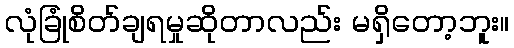
လုံခြုံစိတ်ချရမှုဆိုတာလည်း မရှိတော့ဘူး။